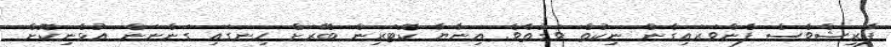
ފާރިޝްވެސް ފެންވަރައިގެން ނިކުތް ވަގުތެވެ. އިނާޔާ ކޮޓަރިން ބޭރަށް ހިނގައި ގަންނަން އުޅެނިކޮށް